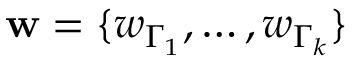
\mathbf { w } = \{ w _ { \Gamma _ { 1 } } , \dots , w _ { \Gamma _ { k } } \}